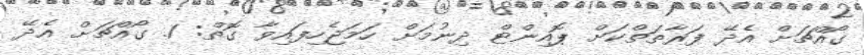
ގޯއްޗަށް އެދޭ ފަރާތަތްކަށް ޕޮއިންޓް ދިނުމަށް ހަމަޖެހިފައިވާ ގޮތް: 1. ގޯއްޗަށް އެދޭ